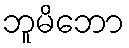
ဘူမိဘော